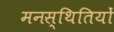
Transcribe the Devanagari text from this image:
मनस्थितियों